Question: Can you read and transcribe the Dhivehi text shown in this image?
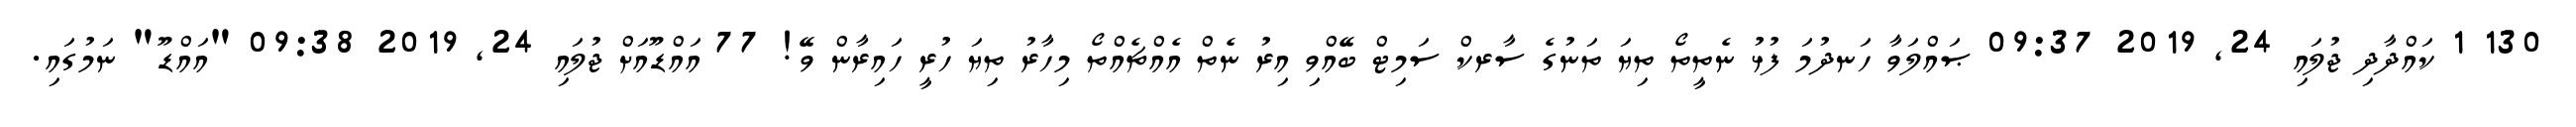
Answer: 130 1 ކައްދާދި ޖުލައި 24, 2019 09:37 ޞައްލަވާ ހަނދުމަ ފުޅު ނެތީތޯ ތިޔަ ތަނުގެ ސާރކް ސަމިޓް ބޭއްވި އިރު ނެތް އެއްޗެއްތޯ މިހާރު ތިޔަ ހުރީ ހައިރާން ވޭ! 77 އައްޑޫއަށް ޖުލައި 24, 2019 09:38 "އައްޑޫ" ނަމުގައި.